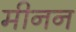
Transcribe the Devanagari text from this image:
मीनन